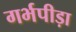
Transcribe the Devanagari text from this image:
गर्भपीड़ा